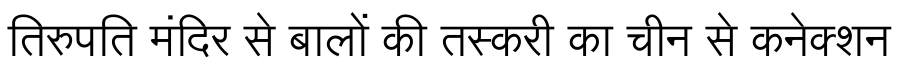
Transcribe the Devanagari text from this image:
तिरुपति मंदिर से बालों की तस्करी का चीन से कनेक्शन